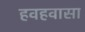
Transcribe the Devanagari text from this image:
हवहवासा